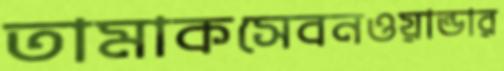
তামাকসেবনওয়ান্ডার